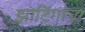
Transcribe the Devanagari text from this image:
झोटिंगाचा